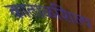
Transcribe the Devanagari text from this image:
काताळशिल्प